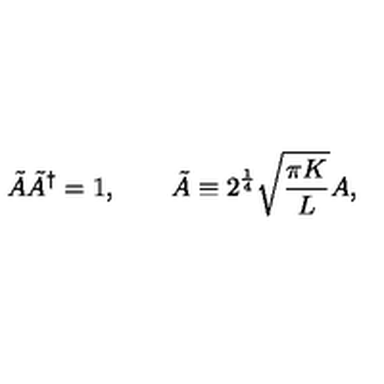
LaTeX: \tilde { A } \tilde { A } ^ { \dagger } = 1 , \qquad \tilde { A } \equiv 2 ^ { \frac { 1 } { 4 } } \sqrt { \frac { \pi K } { L } } A ,